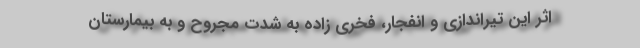
اثر این تیراندازی‌ و انفجار، فخری زاده به شدت مجروح و به بیمارستان